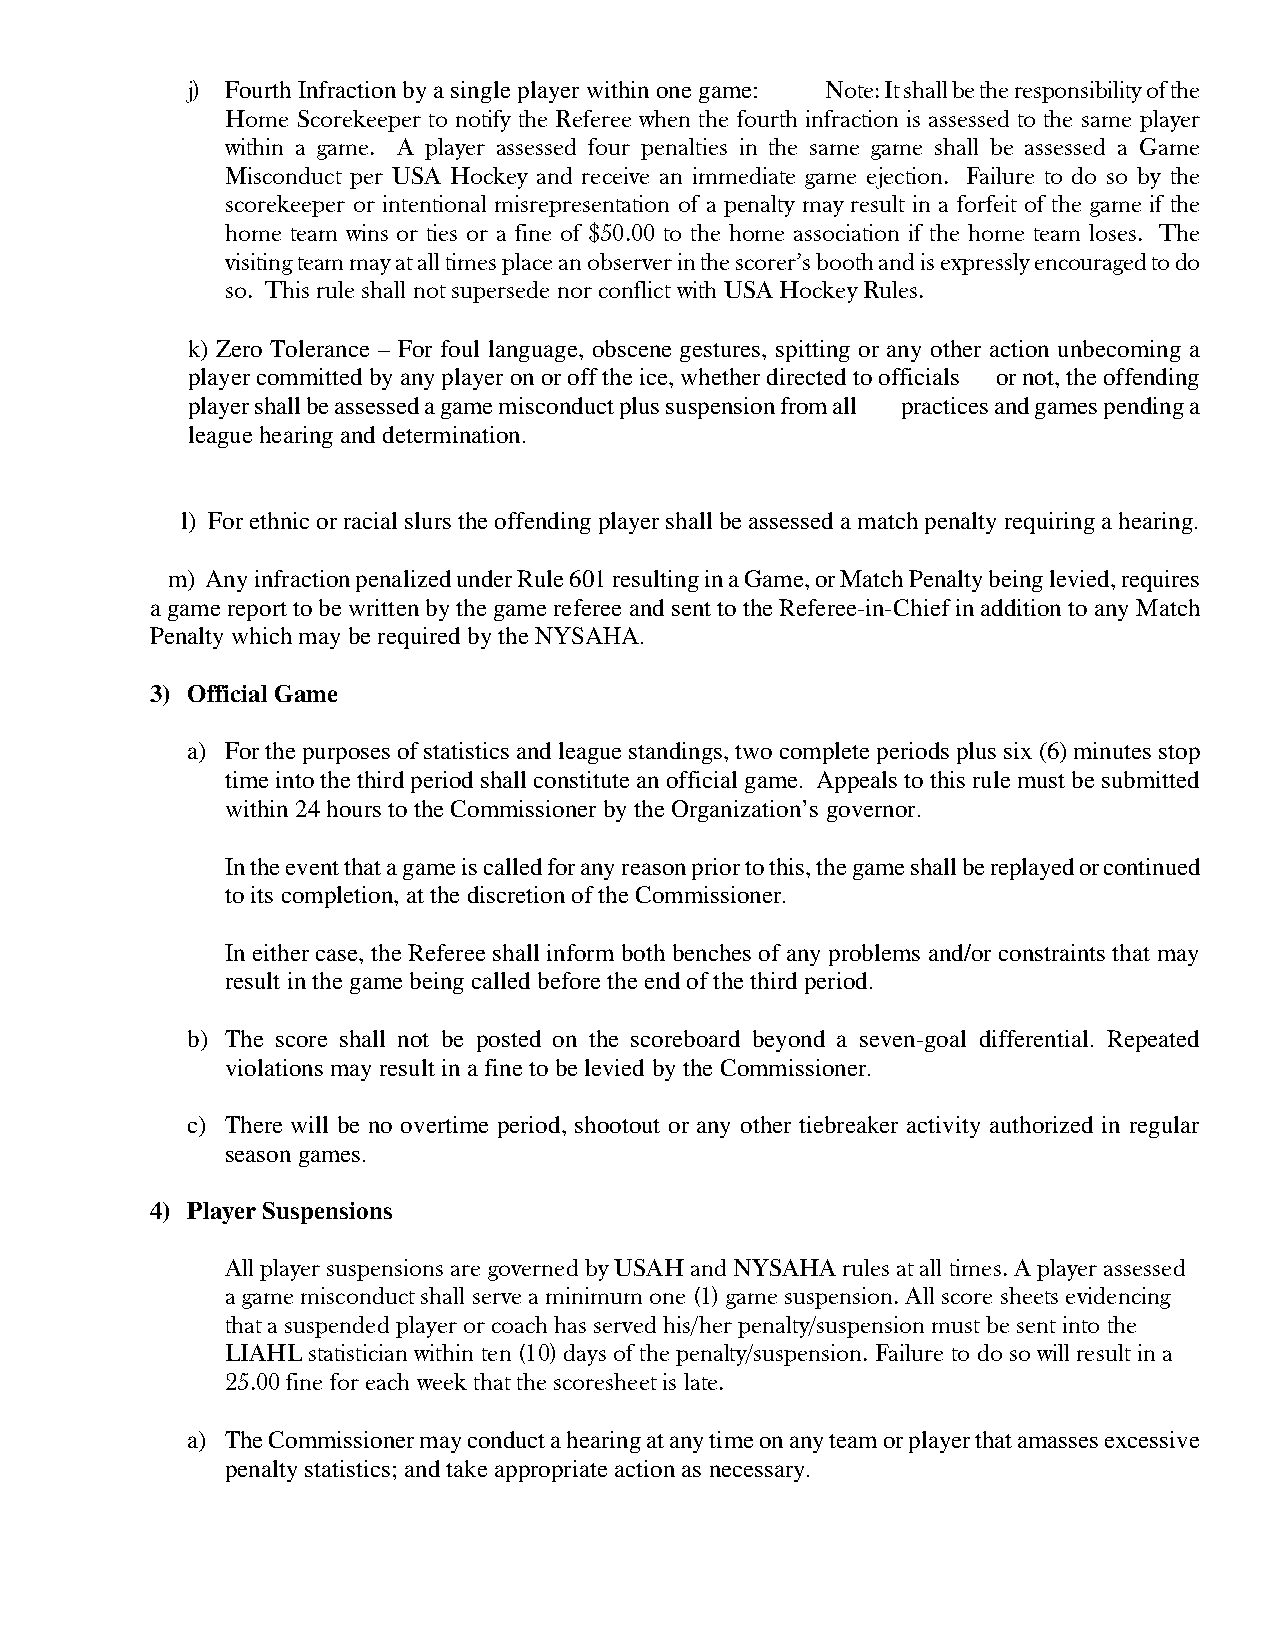
j) Fourth Infraction by a single player within one game: Note: It shall be the responsibility of the
 Home Scorekeeper to notify the Referee when the fourth infraction is assessed to the same player
 within a game. A player assessed four penalties in the same game shall be assessed a Game
 Misconduct per USA Hockey and receive an immediate game ejection. Failure to do so by the
 scorekeeper or intentional misrepresentation of a penalty may result in a forfeit of the game if the
 home team wins or ties or a fine of $50.00 to the home association if the home team loses. The
 visiting team may at all times place an observer in the scorer’s booth and is expressly encouraged to do
 so. This rule shall not supersede nor conflict with USA Hockey Rules.
 k) Zero Tolerance – For foul language, obscene gestures, spitting or any other action unbecoming a
 player committed by any player on or off the ice, whether directed to officials or not, the offending
 player shall be assessed a game misconduct plus suspension from all practices and games pending a
 league hearing and determination.
 l) For ethnic or racial slurs the offending player shall be assessed a match penalty requiring a hearing.
 m) Any infraction penalized under Rule 601 resulting in a Game, or Match Penalty being levied, requires
 a game report to be written by the game referee and sent to the Referee-in-Chief in addition to any Match
 Penalty which may be required by the NYSAHA.
 3) Official Game
 a) For the purposes of statistics and league standings, two complete periods plus six (6) minutes stop
 time into the third period shall constitute an official game. Appeals to this rule must be submitted
 within 24 hours to the Commissioner by the Organization’s governor.
 In the event that a game is called for any reason prior to this, the game shall be replayed or continued
 to its completion, at the discretion of the Commissioner.
 In either case, the Referee shall inform both benches of any problems and/or constraints that may
 result in the game being called before the end of the third period.
 b) The score shall not be posted on the scoreboard beyond a seven-goal differential. Repeated
 violations may result in a fine to be levied by the Commissioner.
 c) There will be no overtime period, shootout or any other tiebreaker activity authorized in regular
 season games.
 4) Player Suspensions
 All player suspensions are governed by USAH and NYSAHA rules at all times. A player assessed
 a game misconduct shall serve a minimum one (1) game suspension. All score sheets evidencing
 that a suspended player or coach has served his/her penalty/suspension must be sent into the
 LIAHL statistician within ten (10) days of the penalty/suspension. Failure to do so will result in a
 25.00 fine for each week that the scoresheet is late.
 a) The Commissioner may conduct a hearing at any time on any team or player that amasses excessive
 penalty statistics; and take appropriate action as necessary.